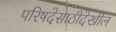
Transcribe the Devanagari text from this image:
परिषदेसाठीदेखील